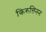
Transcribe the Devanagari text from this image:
किरुत्तिनन